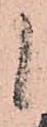
候